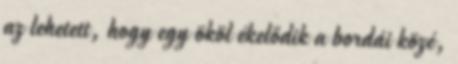
az lehetett, hogy egy ököl ékelődik a bordái közé,